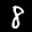
Label: 8